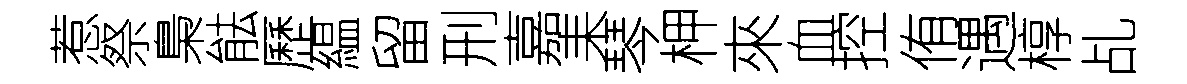
惹祭梟䏻歷緼留刑嘉耒琴柙來血控侑遇椁乩